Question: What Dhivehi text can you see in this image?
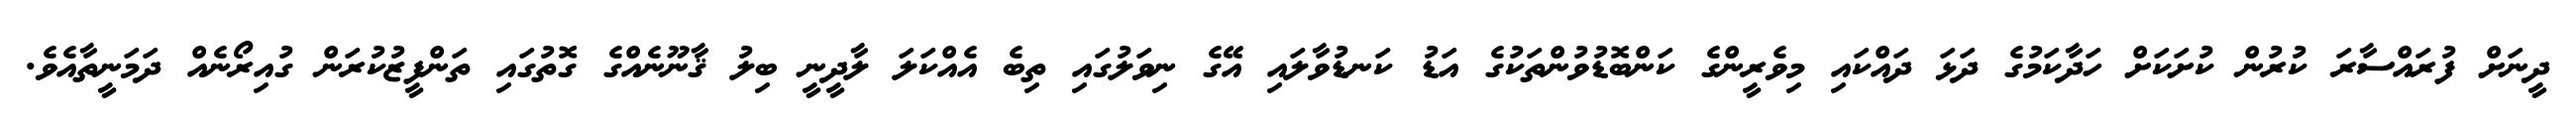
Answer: ދީނަށް ފުރައްސާރަ ކުރުން ކުށަކަށް ހަދާކަމުގެ ދަޅަ ދައްކައި މިވެރީންގެ ކަންބޮޑުވުންތަކުގެ އަޑު ކަނޑުވާލައި އޭގެ ނިވަލުގައި ތިބެ އެއްކަލަ ލާދީނީ ބިލު ޤާނޫނެއްގެ ގޮތުގައި ތަންފީޒުކުރަން ގުއިރޯނެއް ދަމަނީތާއެވެ.